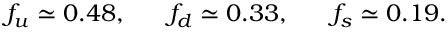
f _ { u } \simeq 0 . 4 8 , \, \, \, \, \, \, \, \, \, \, f _ { d } \simeq 0 . 3 3 , \, \, \, \, \, \, \, \, \, \, f _ { s } \simeq 0 . 1 9 .